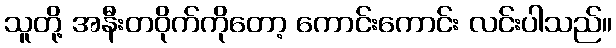
သူတို့ အနီးတဝိုက်ကိုတော့ ကောင်းကောင်း လင်းပါသည်။